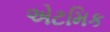
એટમિક